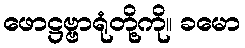
ဖောဋ္ဌဗ္ဗာရုံတို့ကို။ ခမော